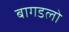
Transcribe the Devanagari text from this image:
बागडलो